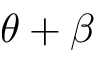
\theta + \beta